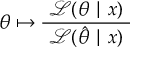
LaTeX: \theta \mapsto { \frac { ~ { \mathcal { L } } ( \theta \mid x ) ~ } { ~ { \mathcal { L } } ( { \hat { \theta } } \mid x ) ~ } }